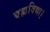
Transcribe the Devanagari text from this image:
ब्रह्मविद्या।